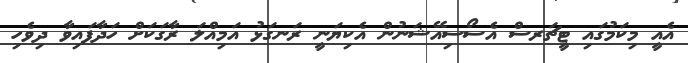
އެއީ މިކަމުގައި ޓީޗަރސް އެސޯސިއޭޝަނުން އެކިޔަނީ ރަނގަޅު އަމިއްލަ ރާގަކަށް ހަދާފައިވާ ދިވެހި